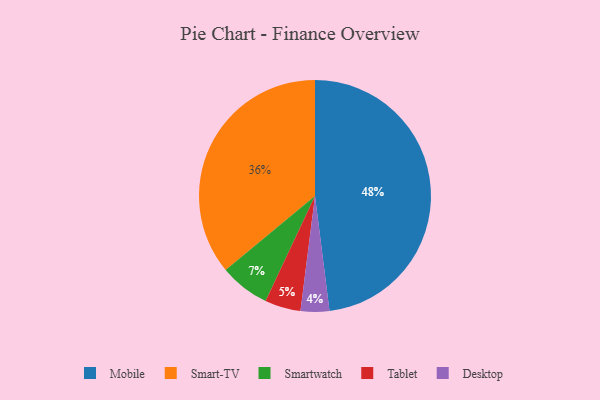
{"axis": {"x": "Category", "y": "Percentage"}, "legend": ["Desktop", "Mobile", "Smart-TV", "Smartwatch", "Tablet"], "data": [{"x": "Mobile", "y": 48, "type": "Mobile"}, {"x": "Smart-TV", "y": 36, "type": "Smart-TV"}, {"x": "Smartwatch", "y": 7, "type": "Smartwatch"}, {"x": "Tablet", "y": 5, "type": "Tablet"}, {"x": "Desktop", "y": 4, "type": "Desktop"}]}